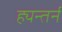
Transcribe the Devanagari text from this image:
ह्यन्तर्न